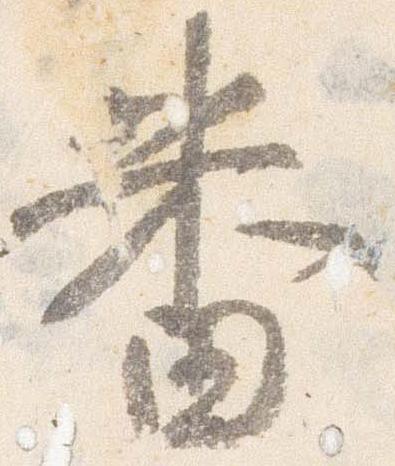
番